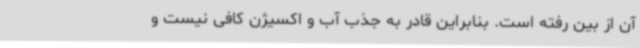
آن از بین رفته‌ است. بنابراین قادر به جذب آب و اکسیژن کافی نیست و